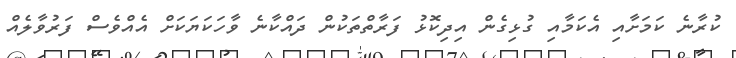
ކުރާނެ ކަމަށާއި އެކަމާއި ގުޅިގެން އިދިކޮޅު ފަރާތްތަކުން ދައްކާނެ ވާހަކަޔަކަށް އެއްވެސް ފަރުވާލެއް